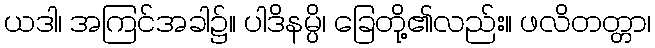
ယဒါ၊ အကြင်အခါ၌။ ပါဒိနမ္ပိ၊ ခြေတို့၏လည်း။ ဖလိတတ္တာ၊